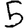
Digit: 5